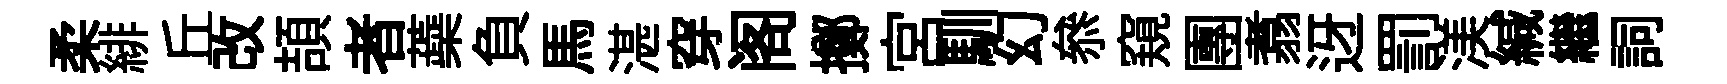
柔緋丘改頡者蘃負馬湛穿阁擲宫馴幻叅窺團翥迓罰渼緘繼詞